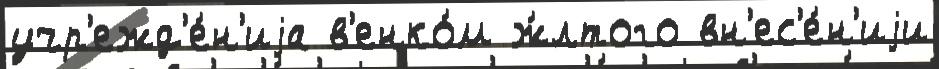
учр'ежд'е́н'иjа в'енко́м ж́лтого вн'ес'е́н'иjи